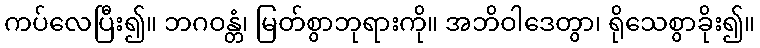
ကပ်လေပြီး၍။ ဘဂဝန္တံ၊ မြတ်စွာဘုရားကို။ အဘိဝါဒေတွာ၊ ရိုသေစွာခိုး၍။